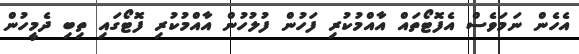
އެހެން ނަމަވެސް އެފޮޓޯތައް އާއްމުކުރި ފަހުން ފުލުހުން އާއްމުކުރި ފޮޓޯގައި ތިބި ދެމީހުން